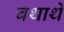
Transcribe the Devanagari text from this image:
बथाथे